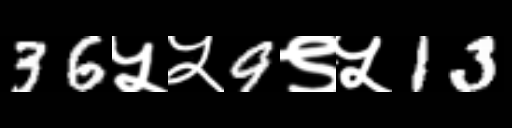
Text: 36५५9९५13